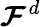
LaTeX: {\boldsymbol{\mathcal{F}}}^{d}